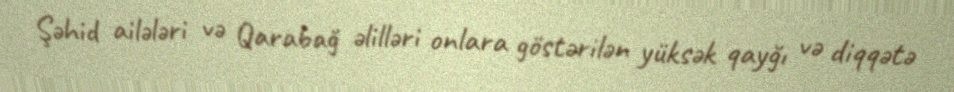
Şəhid ailələri və Qarabağ əlilləri onlara göstərilən yüksək qayğı və diqqətə